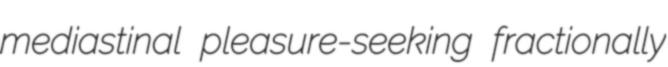
mediastinal pleasure-seeking fractionally